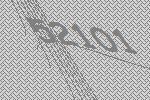
52101